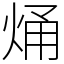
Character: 㷁